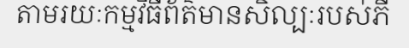
តាមរយៈកម្មវិធីព័ត៌មានសិល្បៈរបស់ភី